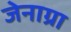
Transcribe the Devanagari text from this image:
जेनाग्रा